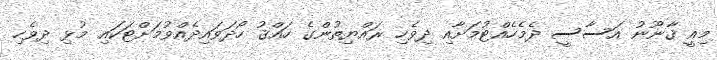
މިއީ ޤާނޫނު އަސާސީ ދެމެހެއްޓުމަށާއި ދިވެހި ރައްޔިތުންގެ ހައްޤު ހޯދަވައިދެއްވުމަށްޓަކައި މުޅި ދިވެހި